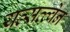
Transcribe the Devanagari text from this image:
यत्सत्त्वेन